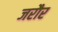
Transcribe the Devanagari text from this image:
जरौर